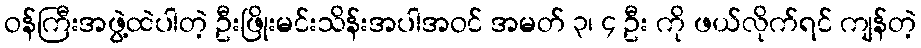
ဝန်ကြီးအဖွဲ့ထဲပါတဲ့ ဦးဖြိုးမင်းသိန်းအပါအဝင် အမတ် ၃၊ ၄ ဦး ကို ဖယ်လိုက်ရင် ကျန်တဲ့